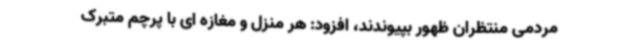
مردمی منتظران ظهور بپیوندند، افزود: هر منزل و مغازه ای با پرچم متبرک